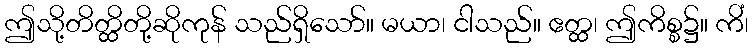
ဤသို့တိတ္ထိတို့ဆိုကုန် သည်ရှိသော်။ မယာ၊ ငါသည်။ ဧတ္ထ၊ ဤကိစ္စ၌။ ကိံ၊